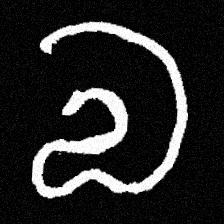
Pyu character \u2014 Myanmar letter: လ (romanized: la)